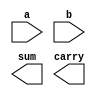
`timescale 1ns / 1ps
//////////////////////////////////////////////////////////////////////////////////
// Company: 
// Engineer: 
// 
// Design Name: 
// Module Name: fourbit_addr
// Project Name: 
// Target Devices: 
// Tool Versions: 
// Description: 
// 
// Dependencies: 
// 
// Revision:
// Revision 0.01 - File Created
// Additional Comments:
// 
//////////////////////////////////////////////////////////////////////////////////


module fourbit_addr(
    input [3:0] a,
    input [3:0] b,
    output [3:0] sum,
    output carry
    );
endmodule